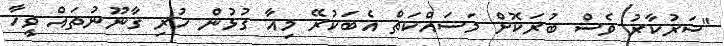
"ސަރުކާރު ވެސް ބުރަކޮށް މަސައްކަތް އެބަކުރޭ މިއާ ގުޅުން ހުރި ގާނޫނުތައް ވީހާ